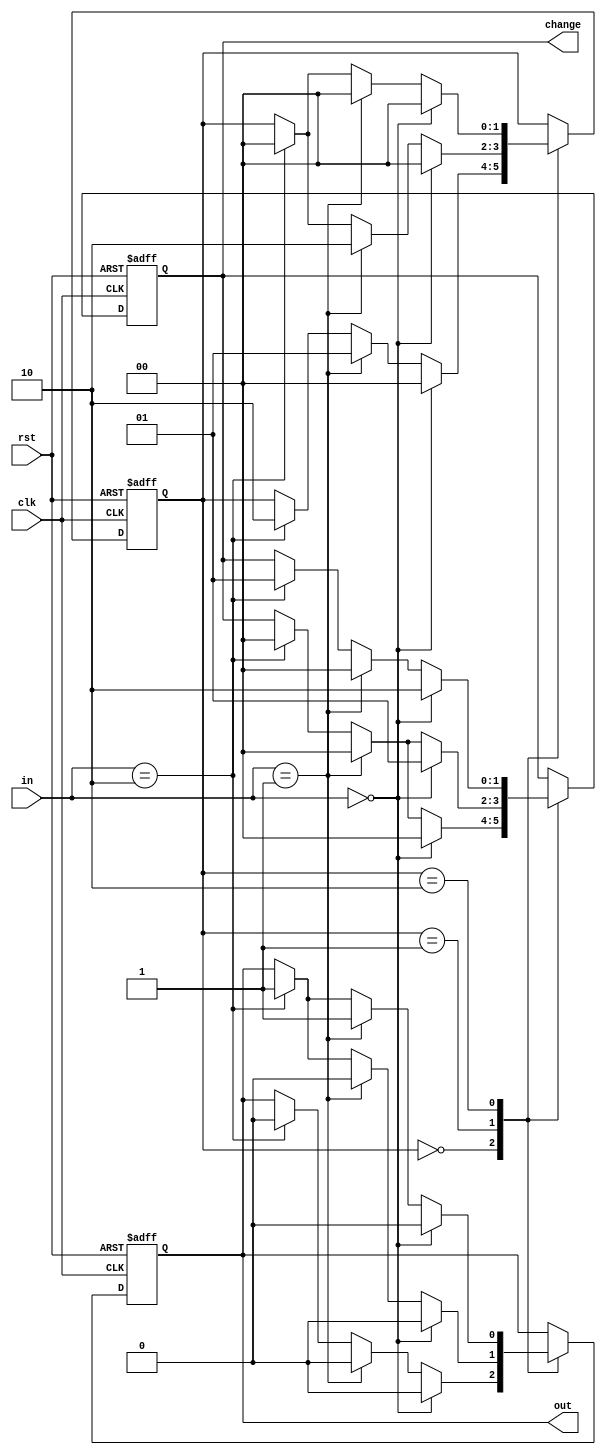
// Here is the verilog code
// Code your design here
module vending_machine(clk, rst, in, out, change);
  input clk,rst;
  input [1:0]in; // 01 = 5cents    10 = 10cents
  
  output reg out;
  output reg [1:0]change;     // 01 = 5cents    10 = 10cents
  reg [1:0]state;
  
  parameter s0 = 2'b00; 
  parameter s1 = 2'b01;
  parameter s2 = 2'b10;
  
  always @(posedge clk or posedge rst)
   begin
     if(rst == 1) begin
        state <= s0;
        out <= 0;
        change <= 2'b00;
      end
     else
       case(state)
          s0: begin // initially when you go to the machine
            if(in == 2'b00) begin // enter no money
              state <= s0;
              out <= 0;
              change <= 2'b00;
            end
            else if(in == 2'b01) begin // enter 5cents
              state <= s1;
              out <= 0;
              change <= 2'b00;
            end
            else if(in == 2'b10) begin // enter 10cents
              state <= s2;
              out <= 0;
              change <= 2'b00;
            end
          end
          
           s1: begin  // you've already submitted 5cents
             if(in == 2'b00) begin  // cancel transaction 
              state <= s0;
              out <= 0;
              change <= 2'b01; // return 5cents back
            end
             else if(in == 2'b01) begin // enter another 5cents
              state <= s2;
              out <= 0;
              change <= 2'b00;
            end
             else if(in == 2'b10) begin // enter another 10cents
              state <= s0;
              out <= 1;  // you get the cold-drink can
              change <= 2'b00;
            end
           end
         
          s2: begin // you've already submitted 10cents
            if(in == 2'b00) begin // cancel transaction
              state <= s0;
              out <= 0;
              change <= 2'b10; // return 10cents back
            end
            else if(in == 2'b01) begin // amount adds upto 15cents
              state <= s0;
              out <= 1; // you get the cold-drink can
              change <= 2'b00;
            end
            else if(in == 2'b10) begin // amount adds upto 20cents
              state <= s0;
              out <= 1; // you get the cold-drink can
              change <= 2'b01; // you get the extra 5cents back
            end
          end
       endcase
      end
  // end
endmodule